Report on sanitation, dispensaries, and jails in Rajputana for 1911, and on vaccination for the year 1911-1912 - 1911-1912
Year: 1911
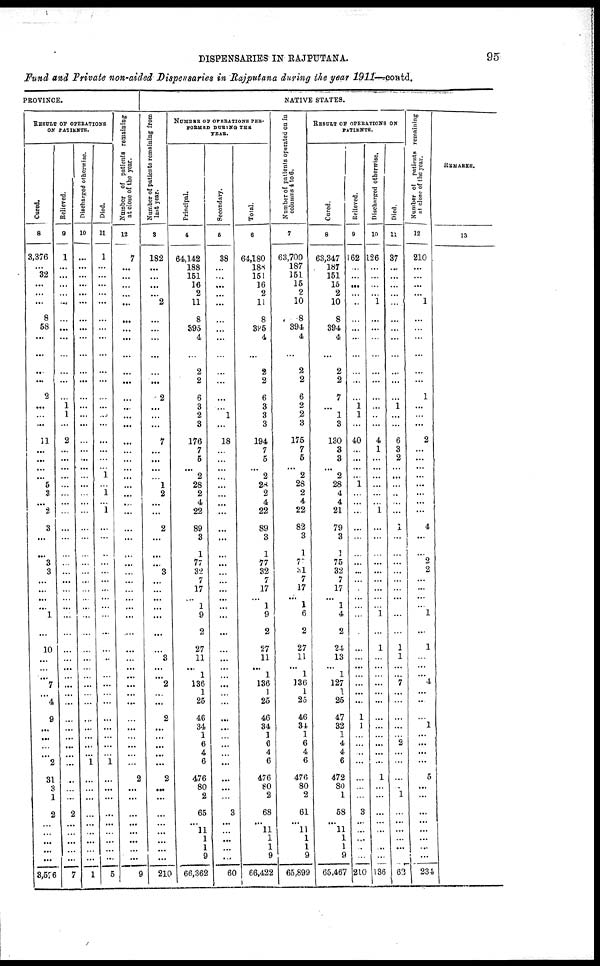
DISPENSARIES IN RAJPUTANA.
95
Fund and Private non-aided Dispensaries in Rajputana during the year 1911—contd.
PROVINCE.
RESULT OF OPERATIONS
ON PATIENTS.
Cured.
8
3,376
...
32
...
...
...
8
58
...
...
...
...
2
...
...
...
11
...
...
...
...
5
3
...
2
3
...
...
3
3
...
...
...
...
1
...
10
...
...
...
7
...
4
9
...
...
...
...
2
31
3
1
2
...
...
...
...
...
3,576
Relieved.
9
1
...
...
...
...
...
...
...
...
...
...
...
...
1 1
...
2
...
...
...
...
...
...
...
...
...
...
...
...
...
...
...
...
...
...
...
...
...
...
...
...
...
...
...
...
...
...
...
...
...
...
...
2
...
...
...
...
...
7
Discharged otherwise.
10
...
...
...
...
...
...
...
...
...
...
...
...
...
...
...
...
...
...
...
...
...
...
...
...
...
...
...
...
...
...
...
...
...
...
...
...
...
...
...
...
...
...
...
...
...
...
...
...
1
...
...
...
...
...
...
...
... ...
1
Died.
11
1
...
...
...
...
...
...
...
...
...
...
...
...
...
...
...
...
...
...
...
1
...
1
...
1
...
...
..
...
...
...
...
...
...
...
...
...
..
...
...
...
...
...
...
...
...
...
...
1
...
...
...
...
...
...
...
... ...
5
Number of patients remaining
at close of the year.
12
7
...
...
...
...
...
...
...
...
...
...
...
...
...
...
...
...
...
...
...
...
...
...
...
...
...
...
...
...
...
...
...
...
...
...
...
...
...
...
...
...
...
...
...
...
...
...
...
...
2
...
...
...
...
...
...
... ...
9
NATIVE STATES.
Number of patients remaining from
last year.
3
182
...
...
...
...
2
...
...
...
...
...
...
2
...
...
...
7
...
...
...
...
1
2
...
...
2
...
...
...
3
...
...
...
...
...
...
...
3
...
...
2
...
...
2
...
...
...
...
...
2
...
...
...
...
...
...
... ...
210
NUMBER OF OPERATIONS PER¬
FORMED DURING THE
YEAR.
Principal.
4
64,142
188
151
16
2
11
8
395
4
...
2
2
6
3
2
3
176
7
5
...
2
28
2
4
22
89
3
1
77
32
7
17
...
1
9
2
27
11
...
1
136
1
25
46
34
1
6
4
6
476
80
2
65
...
11
1
1
9
66,362
Secondary.
5
38
...
...
...
...
...
...
...
...
...
...
...
...
...
1
...
18
...
...
...
...
...
...
...
...
...
...
...
...
...
...
...
...
...
...
...
...
...
...
... ...
...
...
...
...
...
...
...
...
...
...
...
3
...
...
...
... ...
60
Total.
6
64,180
188
151
16
2
11
8
395
4
...
2
2
6
3
3
3
194
7
5
...
2
28
2
4
22
89
3
1
77
32
7
17
...
1
9
2
27
11
...
1
136
1
25
46
34
1
6
4
6
476
80
2
68
...
11
1
1
9
66,422
Number of patients operated on in
columns 4 to 6.
7
63,700
187
151
15
2
10
8
394
4
...
2
2
6
2
2
3
175
7
5
...
2
28
2
4
22
82
3
1
77
31
7
17
...
1
6
2
27
11
...
1
136
1
25
46
34
1
6
4
6
476
80
2
61
...
11
1
1
9
65,899
RESULT OF OPERATIONS ON
PATIENTS.
Cured.
8
63,347
187
151
15
2
10
8
394
4
...
2
2
7
...
1
3
130
3
3
...
2
28
4
4
21
79
3
1
75
32
7
17
...
1
4
2
24
13
...
1
127
1
25
47
32
1
4
4
6
472
80
1
58
...
11
1
1
9
65,467
Relieved.
9
162
...
...
...
...
..
...
...
...
...
...
...
...
1 1
...
40
...
...
...
...
1
...
...
...
...
...
...
...
...
...
...
...
...
...
.
...
...
...
...
...
...
...
1
1
...
...
...
...
...
...
...
3
...
...
...
...
...
210
Discharged otherwise.
10
126
...
...
...
...
1
...
...
...
...
...
...
...
...
..
...
4
1
...
...
...
...
...
...
1
...
...
...
...
...
...
...
...
...
1
...
1
...
...
...
...
...
...
...
...
...
...
...
...
1
...
...
...
...
...
...
...
...
136
Died.
11
37
...
...
...
...
...
...
...
...
...
...
...
...
1
...
...
6
3
2
...
...
...
..
...
...
1
...
...
...
...
...
...
...
...
...
...
1
1
...
... 7
...
...
...
...
...
2
...
...
...
...
1
...
...
...
...
...
...
62
Number of patients remaining
at close of the year.
12
210 .
...
...
...
...
1
...
...
...
...
...
...
1
...
...
...
2
...
...
...
...
...
...
...
...
4
...
...
2
2
...
...
...
...
1
...
1
...
...
... 4
...
...
...
1
...
...
...
...
5
...
...
...
...
...
...
...
...
234
REMARKS.
13